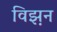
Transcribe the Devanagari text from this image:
विझ़न